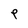
Character: P